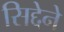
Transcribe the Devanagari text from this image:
सिद्देने